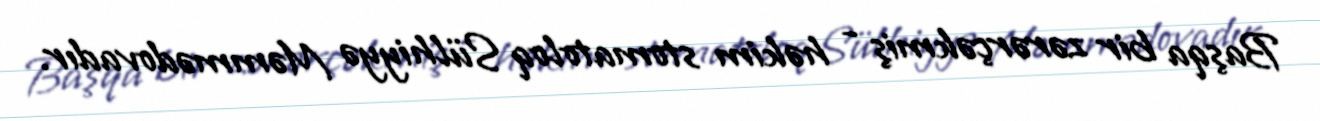
Başqa bir zərərçəkmiş - həkim stomatoloq Sülhiyyə Məmmədovadır.